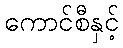
ကောင်စီနှင့်